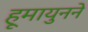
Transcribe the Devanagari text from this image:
हूमायुनने